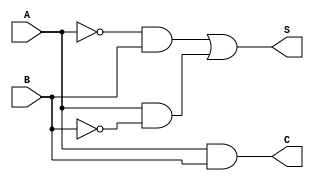
`timescale 1ns / 1ps
//////////////////////////////////////////////////////////////////////////////////
// Company: 
// Engineer: 
// 
// Design Name: 
// Module Name: half_adder
// Project Name: 
// Target Devices: 
// Tool Versions: 
// Description: 
// 
// Dependencies: 
// 
// Revision:
// Revision 0.01 - File Created
// Additional Comments:
// 
//////////////////////////////////////////////////////////////////////////////////


module half_adder(
    input               A,
    input               B,
    
    output              S,
    output              C
    );
    
    assign S = ~A & B | A & ~B;
    assign C =  A & B;
    
endmodule